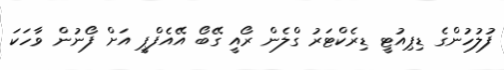
ފުލުހުންގެ ޑިޕިއުޓީ ޑިރެކްޓަރު ގްލެން ރޯއީ ގޭބޯ އޭއެފްޕީ އަށް ފޯނުން ވާހަކަ